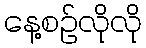
နေ့စဉ်လိုလို